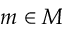
m \in M